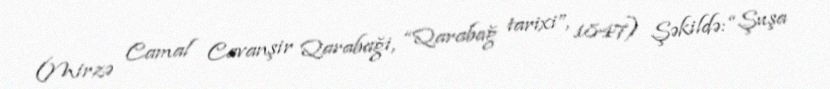
(Mirzə Camal Cavanşir Qarabaği, “Qarabağ tarixi”, 1847) Şəkildə: “Şuşa